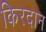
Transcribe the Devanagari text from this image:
किरदान